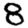
Digit: 8